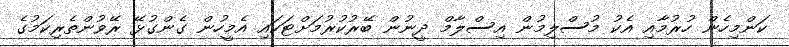
ކަންމިހެން ހުރުމާއި އެކު މުސްލިމުން އިސްލާމް ދީނުން ބޭރުކުރުމަށްޓަކައި އެމީހުން ގެންގުޅޭ ރޭވުންތެރިކަމުގެ